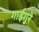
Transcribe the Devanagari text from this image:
गाईगुरे